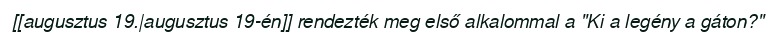
[[augusztus 19.|augusztus 19-én]] rendezték meg első alkalommal a "Ki a legény a gáton?"